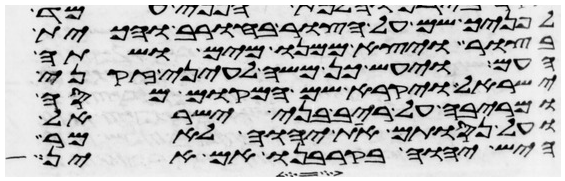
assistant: לפניך שם על הצור בחורב והכית
בצור ויצא ממנו מים ושתה
העם ויעש כן משה לעיני זקני
ישראל ויקרא שם המקום מסה
ומריבה על ריב בני ישראל
ועל נסותם את יהוה לאמר
היש יהוה בקרבנו אם אין